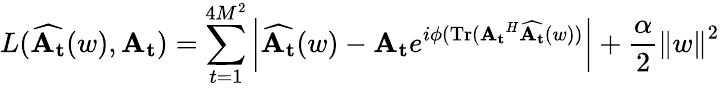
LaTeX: L(\mathbf{\widehat{A_{t}}}(w),\mathbf{A_{t}})=\sum_{t=1}^{4M^{2}}\left|\mathbf{\widehat{A_{t}}}(w)-\mathbf{A_{t}}e^{i\phi(\mathrm{Tr}(\mathbf{A_{t}}^{H}\mathbf{\widehat{A_{t}}}(w))}\right|+\frac{\alpha}{2}{\| w\| }^{2}